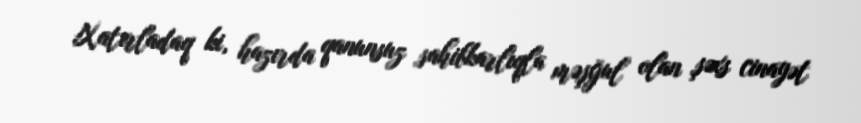
Xatırladaq ki, hazırda qanunsuz sahibkarlıqla məşğul olan şəxs cinayət